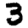
Digit: 3